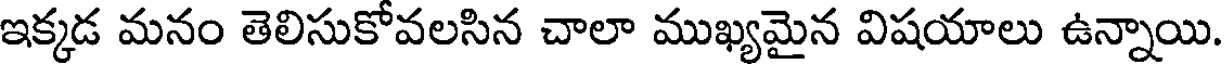
ఇక్కడ మనం తెలిసుకోవలసిన చాలా ముఖ్యమైన విషయాలు ఉన్నాయి